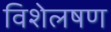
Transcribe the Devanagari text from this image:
विशेलषण